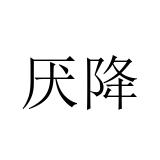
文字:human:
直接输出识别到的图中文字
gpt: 厌降